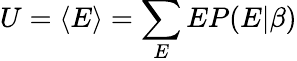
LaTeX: U=\langle E\rangle=\sum_{E}EP(E|\beta)